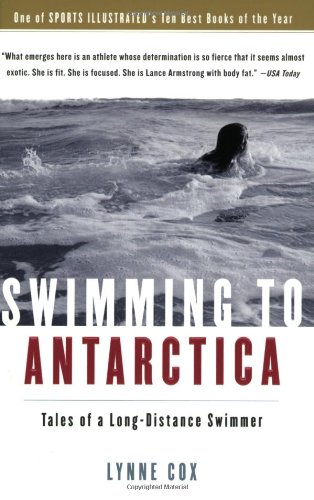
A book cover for Swimming to Antarctica: Tales of a Long-Distance Swimmer; Lynne Cox; Sports & Outdoors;